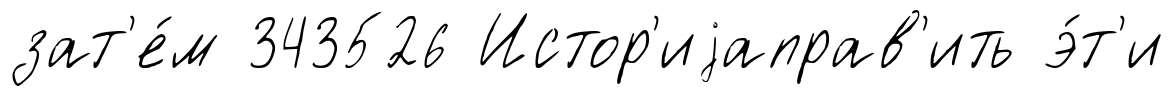
зат'е́м 343526 Истор'иjаправ'ить э́т'и